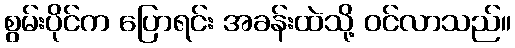
စွမ်းပိုင်က ပြောရင်း အခန်းထဲသို့ ဝင်လာသည်။